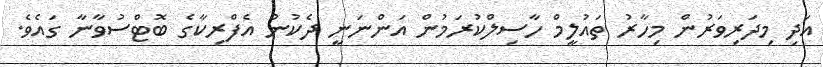
އަދި މިދަރިވަރުން މިހާރު ތައުލީމް ހާސިލްކުރަމުން އަންނަނީ ދެކުނު އެފްރިކާގެ ބޮޓްސުވާނާ ގައެވެ.